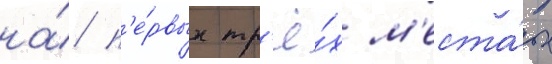
на́ п'е́рвых тр'ё́х м'еста́х